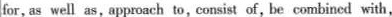
for, as well as,approach to,consist of, be combined with,